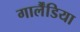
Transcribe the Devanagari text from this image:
गार्लैंडिया